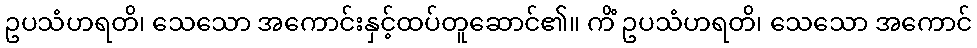
ဥပသံဟရတိ၊ သေသော အကောင်းနှင့်ထပ်တူဆောင်၏။ ကိံ ဥပသံဟရတိ၊ သေသော အကောင်